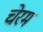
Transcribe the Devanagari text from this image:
चेरम